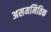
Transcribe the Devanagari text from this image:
असममितिक